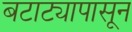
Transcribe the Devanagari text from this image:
बटाट्यापासून